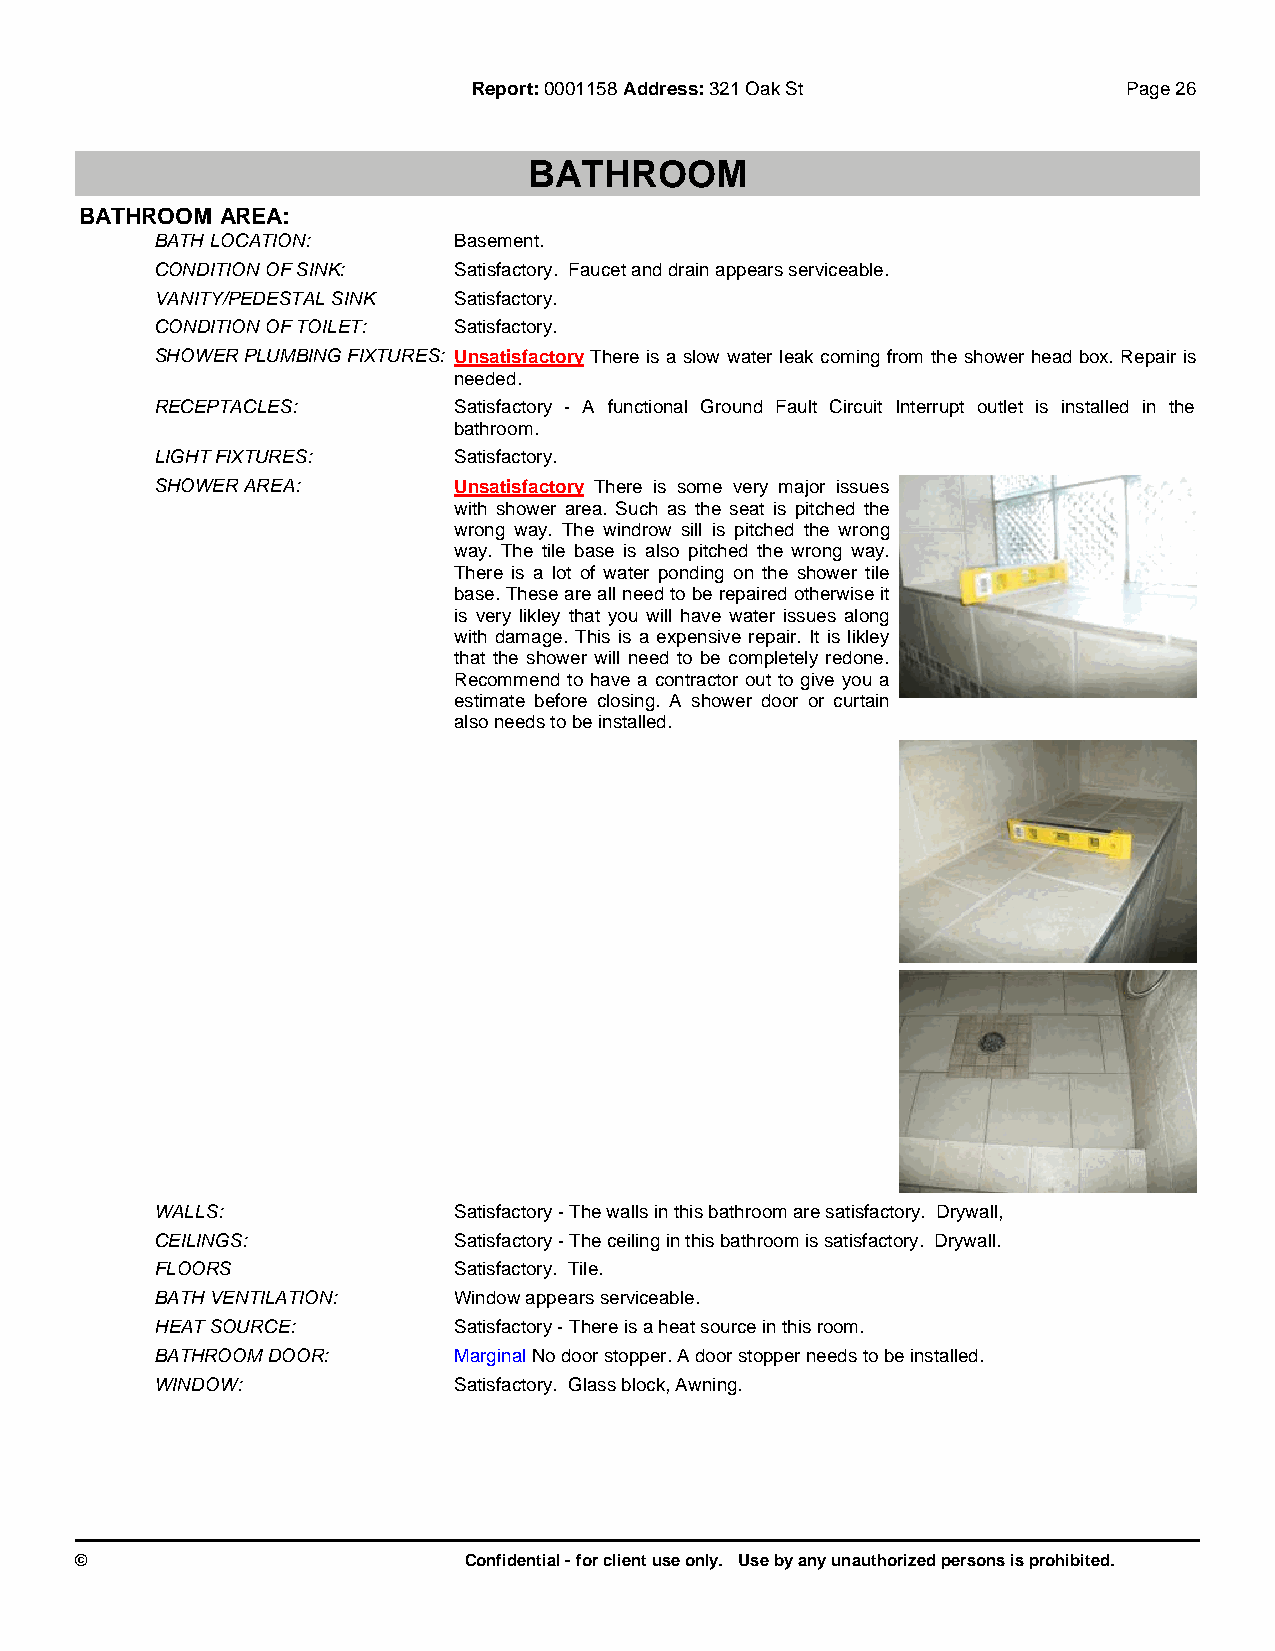
Report:0001158 Address:321 Oak St           Page 26
 BATHROOM
 BATHROOM  AREA:
 BATH LOCATION:      Basement.
 CONDITION OF SINK:  Satisfactory. Faucet and drain appears serviceable.
 VANITY/PEDESTAL SINK Satisfactory.
 CONDITION OF TOILET: Satisfactory.
 SHOWER PLUMBING FIXTURES: UnsatisfactoryThere is a slow water leak coming from the shower head box. Repair is
 needed.
 RECEPTACLES:        Satisfactory - A functional Ground Fault Circuit Interrupt outlet is installed in the
 bathroom.
 LIGHT FIXTURES:     Satisfactory.
 SHOWER AREA:        Unsatisfactory There is some very major issues
 with shower area. Such as the seat is pitched the
 wrong way. The windrow sill is pitched the wrong
 way. The tile base is also pitched the wrong way.
 There is a lot of water ponding on the shower tile
 base. These are all need to be repaired otherwise it
 is very likley that you will have water issues along
 with damage. This is a expensive repair. It is likley
 that the shower will need to be completely redone.
 Recommend to have a contractor out to give you a
 estimate before closing. A shower door or curtain
 also needs to be installed.
 WALLS:              Satisfactory - The walls in this bathroom are satisfactory. Drywall,
 CEILINGS:           Satisfactory - The ceiling in this bathroom is satisfactory. Drywall.
 FLOORS              Satisfactory. Tile.
 BATH VENTILATION:   Window appears serviceable.
 HEAT SOURCE:        Satisfactory - There is a heat source in this room.
 BATHROOM DOOR:      MarginalNo door stopper. A door stopper needs to be installed.
 WINDOW:             Satisfactory. Glass block, Awning.
 ©                         Confidential - for client use only. Use by any unauthorized persons is prohibited.